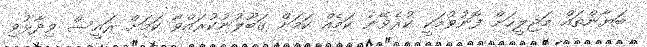
ބަޔާންތައް މަޖިލީހަށް ފޮނުވުމަކީ ކުރެވޭނެ ކަމެއް ކަމަށް ގަބޫލުނުކުރައްވާ ކަމަށް ރައީސް ވިދާޅުވި